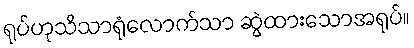
ရုပ်ဟုသိသာရုံလောက်သာ ဆွဲထားသောအရုပ်။